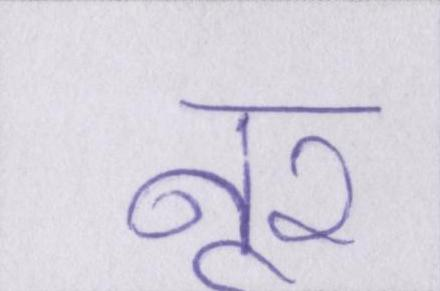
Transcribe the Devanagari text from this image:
नूर